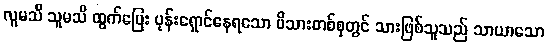
လူမသိ သူမသိ ထွက်ပြေး ပုန်းရှောင်နေရသော မိသားတစ်စုတွင် သားဖြစ်သူသည် သာယာသော